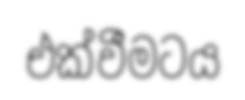
එක්වීමටය